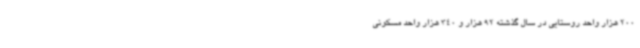
200 هزار واحد روستایی در سال گذشته 92 هزار و 340 هزار واحد مسکونی